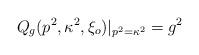
LaTeX: \begin{align*} Q _g(p^2, \kappa^2, \xi_o) |_{p^2 = \kappa^2} = g^2\end{align*}